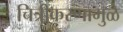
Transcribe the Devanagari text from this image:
चित्रीकरणामुळे